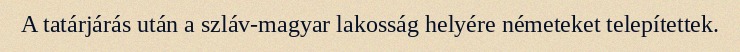
A tatárjárás után a szláv-magyar lakosság helyére németeket telepítettek.